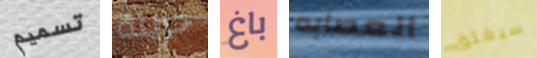
تسميم حزينة باغ العصابه سيغلق